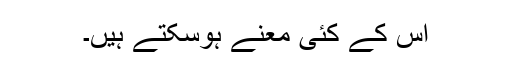
اس کے کئی معنے ہوسکتے ہیں۔